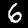
Digit: 6